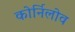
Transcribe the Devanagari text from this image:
कोर्निलोव